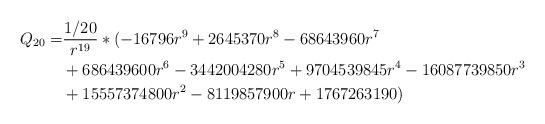
LaTeX: \begin{align*}Q_{20 }=&\frac{1/20}{r^{19}}*(-16796 r^9+2645370 r^8 -68643960 r^7 \\ &+686439600 r^6 - 3442004280 r^5 + 9704539845 r^4 - 16087739850 r^3\\ & + 15557374800 r^2 - 8119857900 r + 1767263190)\end{align*}